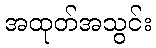
အထုတ်အသွင်း